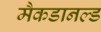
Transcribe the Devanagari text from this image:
मैकडानल्ड